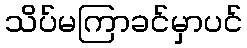
သိပ်မကြာခင်မှာပင်